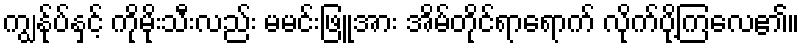
ကျွန်ုပ်နှင့် ကိုမိုးသီးလည်း မမင်းဖြူအား အိမ်တိုင်ရာရောက် လိုက်ပို့ကြလေ၏။